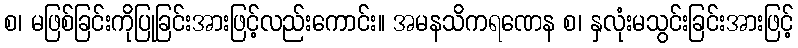
စ၊ မဖြစ်ခြင်းကိုပြုခြင်းအားဖြင့်လည်းကောင်း။ အမနသိကရဏေန စ၊ နှလုံးမသွင်းခြင်းအားဖြင့်